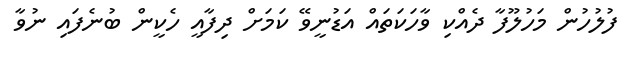
ފުލުހުން މަހުލޫފާ ދެއްކި ވާހަކަތައް އަޑުނީވޭ ކަމަށް ދިފާއީ ހެކީން ބުނެފައި ނުވާ